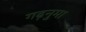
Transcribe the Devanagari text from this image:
गढ़नुमा